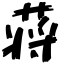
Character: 蒋